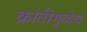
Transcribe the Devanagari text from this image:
क्रांतीमुळेच